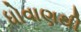
ધોવાણથી